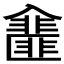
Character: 𠓿